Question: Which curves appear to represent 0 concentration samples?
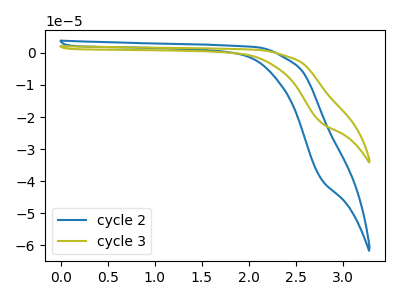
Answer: <think>The blue curve "cycle 2" has no peaks. The olive curve "cycle 3" has no peaks.</think>
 <answer>"cycle 2" and "cycle 3" are likely to be blanks.</answer>
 <eval>"cycle 2", "cycle 3"</eval>